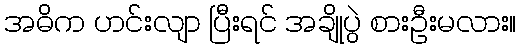
အဓိက ဟင်းလျာ ပြီးရင် အချိုပွဲ စားဦးမလား။